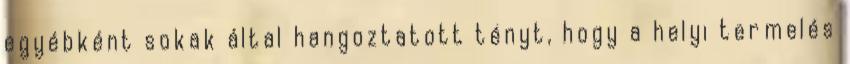
egyébként sokak által hangoztatott tényt, hogy a helyi termelés